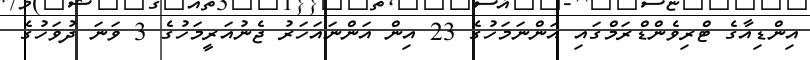
އިންޑިއާގެ ޓްރިވެންޑްރަމްގައި އަންނަމަހުގެ 23 އިން އަންނައަހަރު ޖެނުއަރީމަހުގެ 3 ވަނަ ދުވަހުގެ